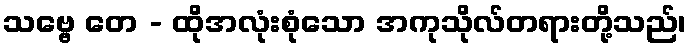
သဗ္ဗေ တေ - ထိုအလုံးစုံသော အကုသိုလ်တရားတို့သည်၊